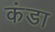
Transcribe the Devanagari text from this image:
कंडा